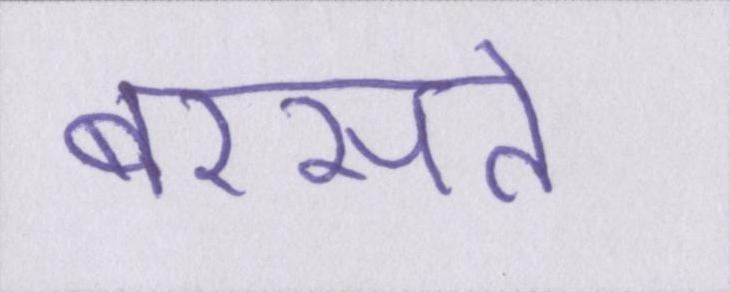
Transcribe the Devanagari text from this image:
बरसते